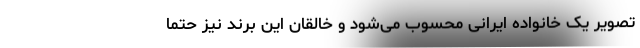
تصویر یک خانواده ایرانی محسوب می‌شود و خالقان این برند نیز حتماً